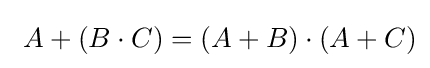
\ A+(B\cdot C)=(A+B)\cdot (A+C)